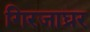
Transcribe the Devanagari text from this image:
गिरजाघ्रर